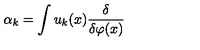
\alpha _ { k } = \int u _ { k } ( x ) { \frac { \delta } { \delta \varphi ( x ) } }